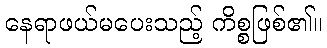
နေရာဖယ်မပေးသည့် ကိစ္စဖြစ်၏။